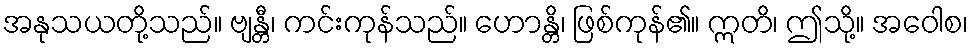
အနုသယတို့သည်။ ဗျန္တီ၊ ကင်းကုန်သည်။ ဟောန္တိ၊ ဖြစ်ကုန်၏။ ဣတိ၊ ဤသို့။ အဝေါစ၊